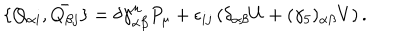
\{ Q _ { \alpha i } , \bar { Q _ { \beta j } } \} = \delta \gamma _ { \alpha \beta } ^ { \mu } P _ { \mu } + \epsilon _ { i j } \left( \delta _ { \alpha \beta } U + ( \gamma _ { 5 } ) _ { \alpha \beta } V \right) .